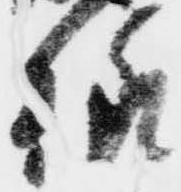
様